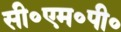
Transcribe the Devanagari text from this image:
सी०एम०पी०